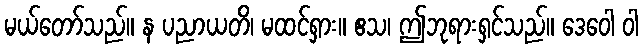
မယ်တော်သည်။ န ပညာယတိ၊ မထင်ရှား။ ဧသ၊ ဤဘုရားရှင်သည်။ ဒေဝေါ ဝါ